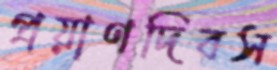
প্রয়াণদিবস